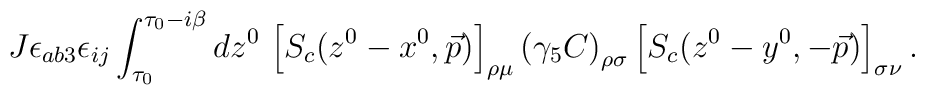
J \epsilon_{a b 3} \epsilon_{i j} \int_{\tau_0}^{\tau_0 - i \beta} d z^0 \, \left[ S_c (z^0 - x^0, \vec{p}) \right]_{\rho \mu} \left( \gamma_5 C \right)_{\rho \sigma} \left[ S_c (z^0 - y^0, - \vec{p}) \right]_{\sigma \nu} .